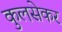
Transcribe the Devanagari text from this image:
कुलसेकर